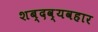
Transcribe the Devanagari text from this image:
शब्दव्यवहार